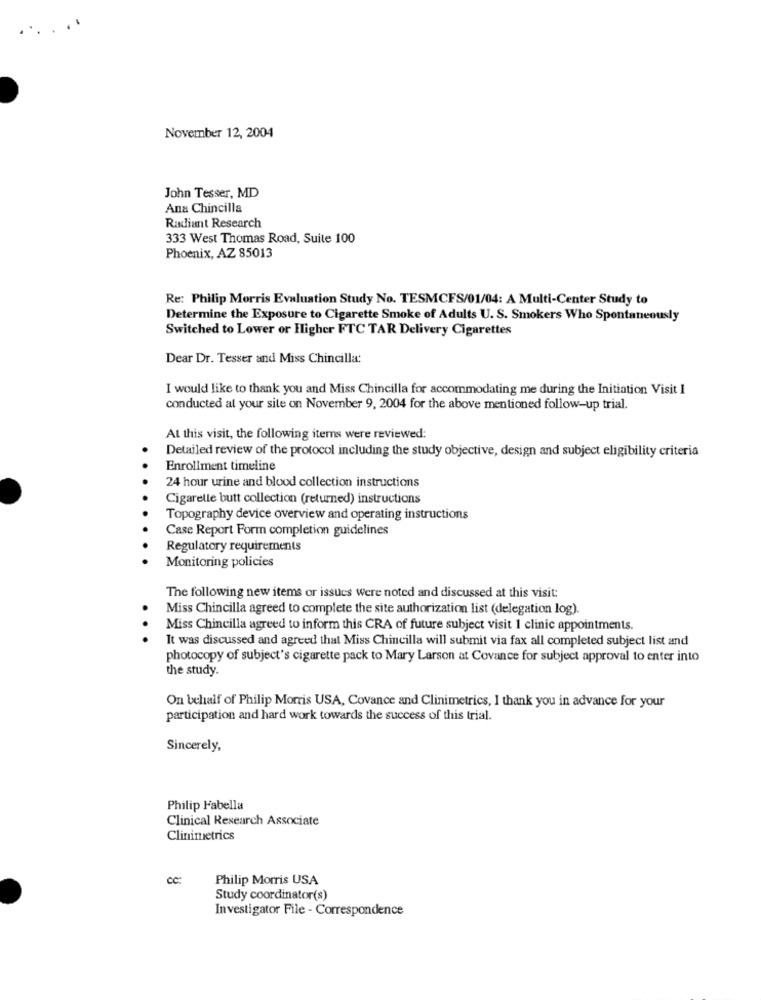
.1
November 12, 2004
John Tesser, MD
Ana Chincilla
Radiant Research
333 West Thomas Road, Suite 100
Phoenix, AZ 85013
Re: Philip Morris Evaluation Study No. TESMCFS/01/04: A Multi-Center Study to
Determine the Exposure to Cigarette Smoke of Adults U.S. Smokers Who Spontaneously
Switched to Lower or Higher FTC TAR Delivery Cigarettes
Dear Dr. Tesser and Miss Chincilla:
I would like to thank you and Miss Chincilla for accommodating me during the Initiation Visit I
conducted al your site on November 9, 2004 for the above mentioned follow-up trial.
At this visit, the following items were reviewed:
Detailed review of the protocol including the study objective, design and subject eligibility criteria
Enrollment timeline
24 hour urine and blood collection instructions
Cigarelle butt collection (returned) instructions
Topography device overview and operating instructions
Case Report Form completion guidelines
Regulatory requirements
Monitoring policies
The following new items or issues Were noted and discussed at this visit:
Miss Chincilla agreed to complete the site authorization list (delegation log).
.
Miss Chincilla agreed to inform this CRA of future subject visit 1 clinic appointments.
It was discussed and agreed that Miss Chincilla will submit via fax all completed subject list and
photocopy of subject's cigarette pack to Mary Larson at Covance for subject approval to enter into
the study.
On behalf of Philip Morris USA, Covance and Clinimetrics, I thank you in advance for your
participation and hard work towards the success of this trial.
Sincerely,
Philip Fabella
Clinical Research Associate
Clinimetrics
cc:
Philip Morris USA
Study coordinator(s)
Investigator File - Correspondence